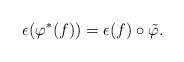
\begin{align*}\epsilon(\varphi^*(f)) = \epsilon(f) \circ \tilde{\varphi}.\end{align*}